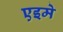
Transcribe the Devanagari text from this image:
एइमे